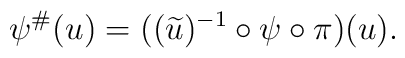
\psi^\# (u) =	( ( \widetilde{u} )^{-1} \circ \psi \circ \pi ) (u).